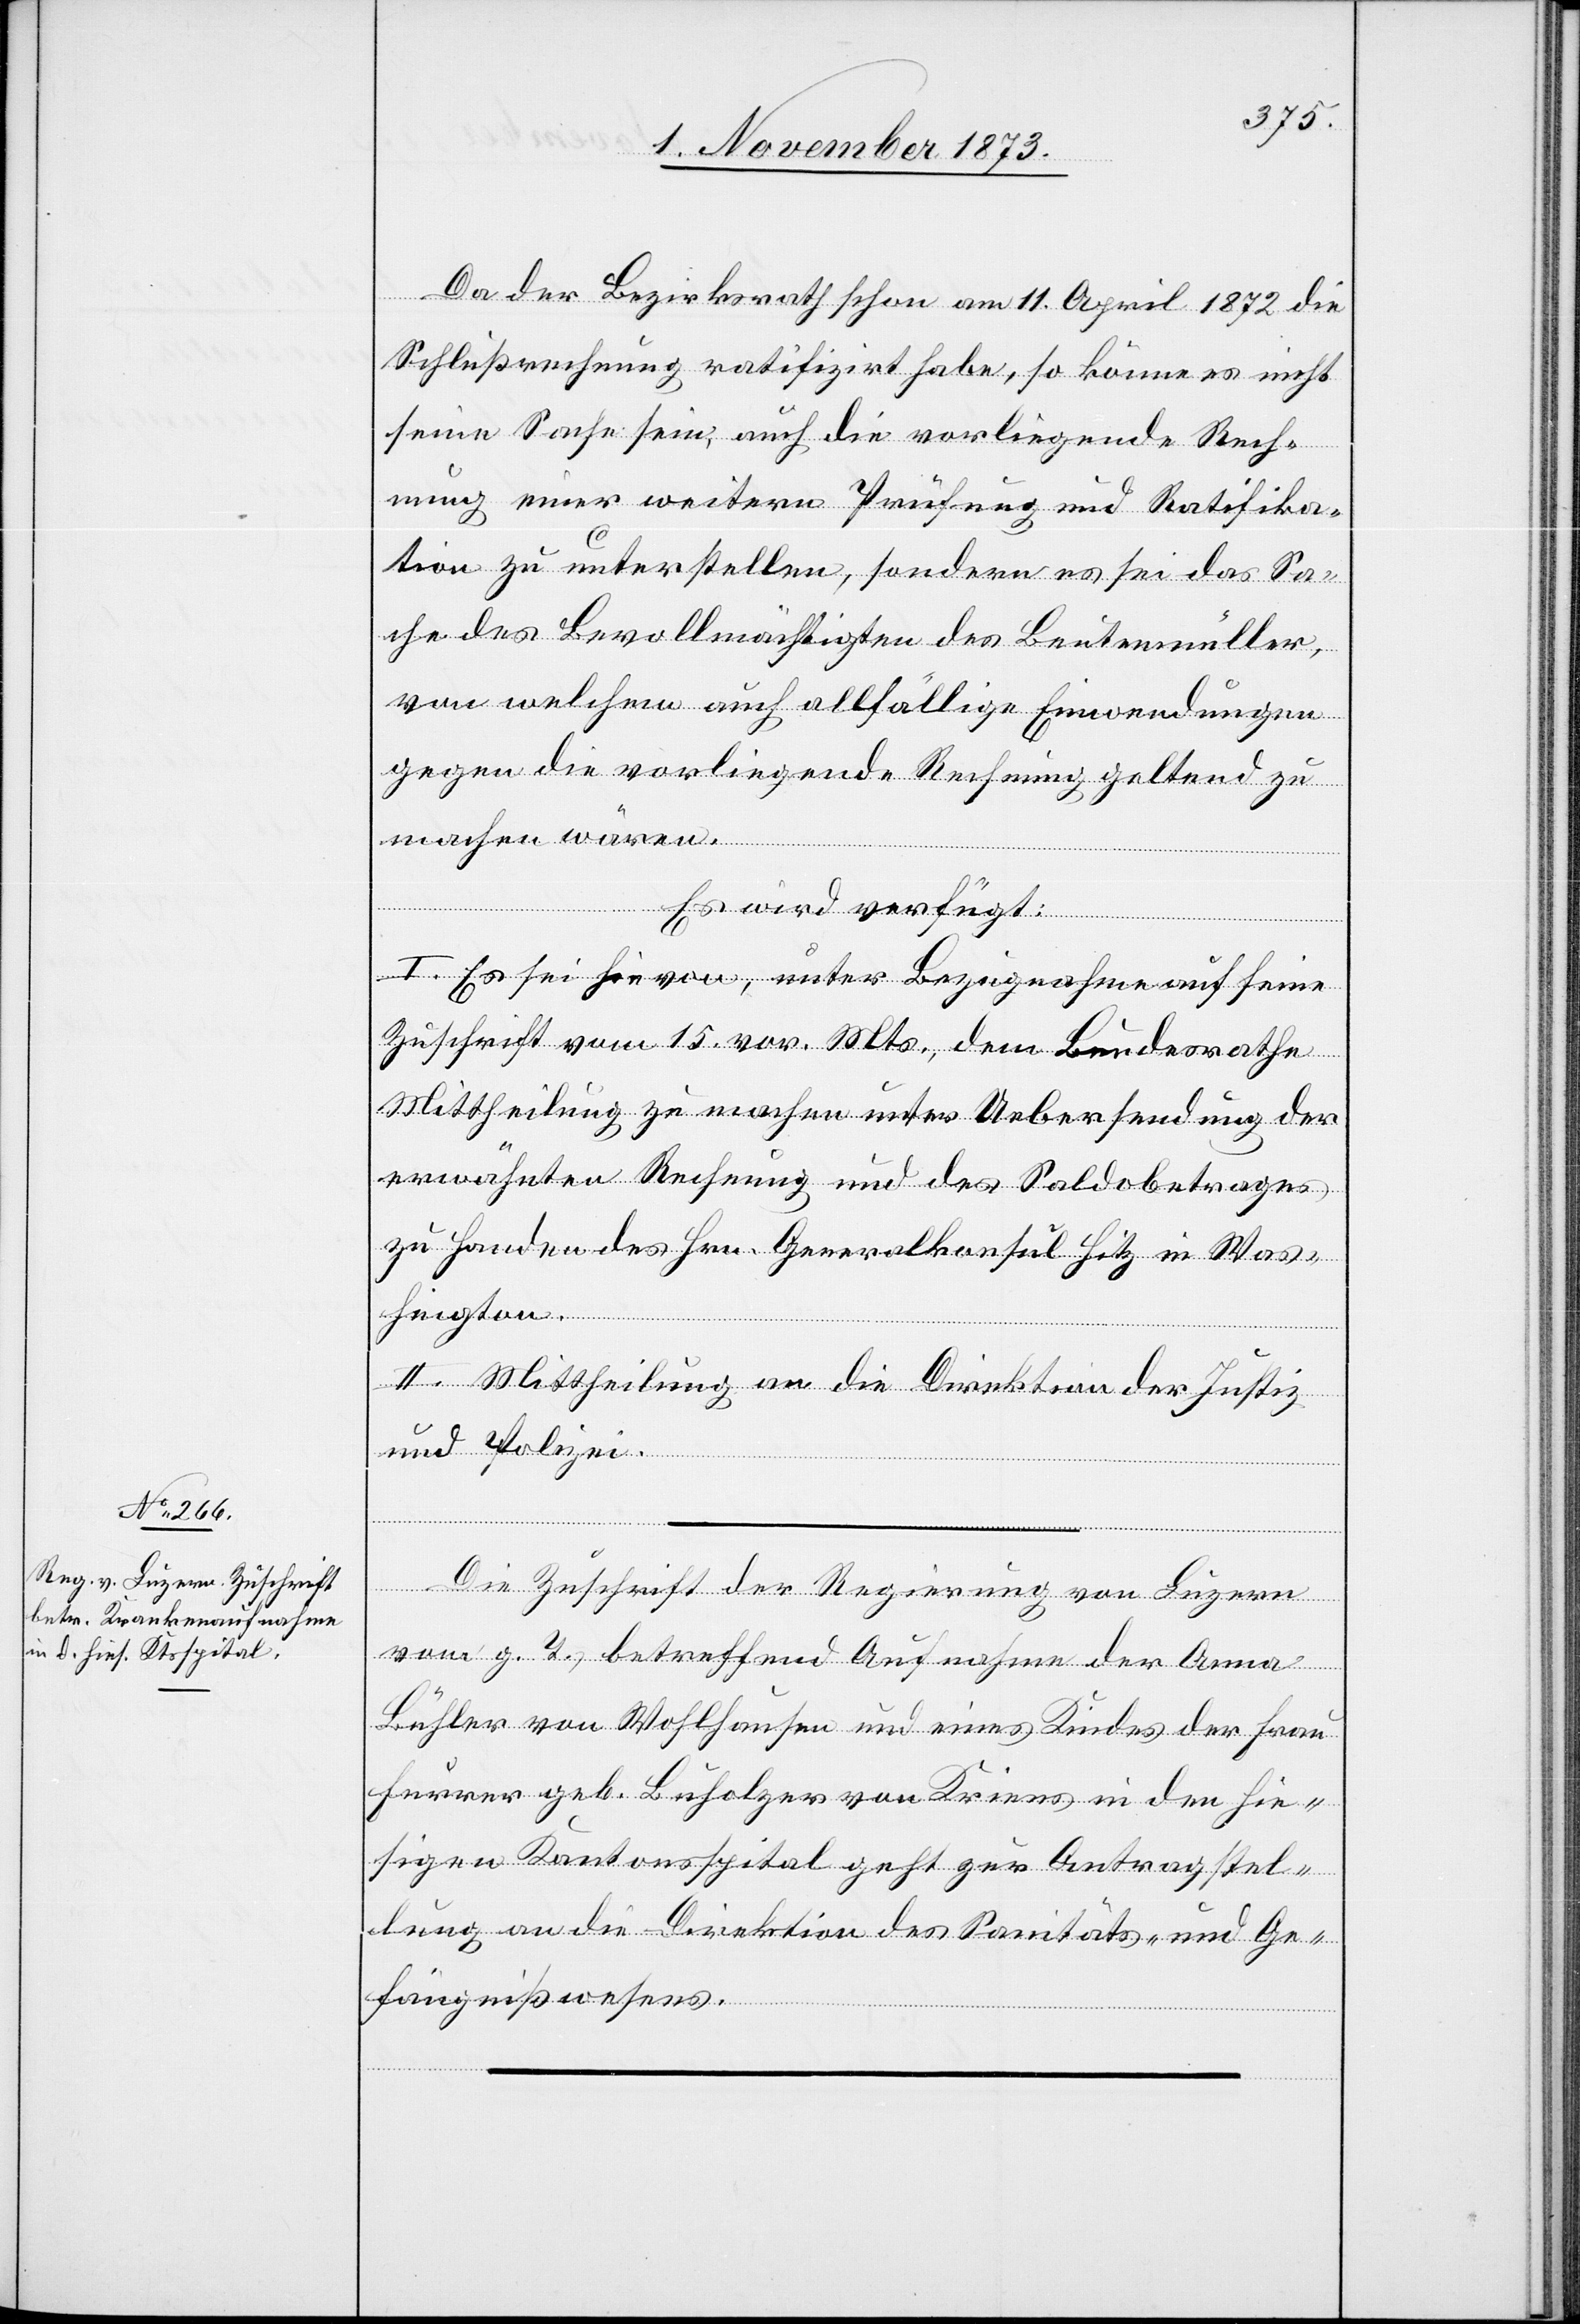
6. November 1873.]
Da der Bezirksrath schon am 11. April 1872 die
Schlußrechnung ratifizirt habe, so könne es nicht
seine Sache sein, auch die vorliegende Rech¬
nung einer weitern Prüfung und Ratifika¬
tion zu unterstellen, sondern es sei das Sa¬
che des Bevollmächtigten des Beutenmüller,
von welchem auch allfällige Einwendungen
gegen die vorliegende Rechnung geltend zu
machen wären.
Es wird verfügt:
I. Es sei hievon, unter Bezugnahme auf seine
Zuschrift vom 15. vor. Mts., dem Bundesrathe
Mittheilung zu machen unter Uebersendung der
erwähnten Rechnung und des Saldobetrages
zu Handen des Hrn. Generalkonsul Hitz in Was¬
hington.
II. Mittheilung an die Direktion der Justiz
und Polizei.
Die Zuschrift der Regierung von Luzern
vom g. T., betreffend Aufnahme der Anna
Bühler von Wohlhausen und eines Kindes der Frau
Furrer geb. Buholzer von Kriens in den hie¬
sigen Kantonsspital geht zur Antragstel¬
lung an die Direktion des Sanitäts- und Ge¬
fängnißwesens.